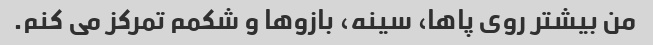
من بیشتر روی پاها، سینه، بازوها و شکمم تمرکز می کنم.